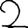
Digit: 2